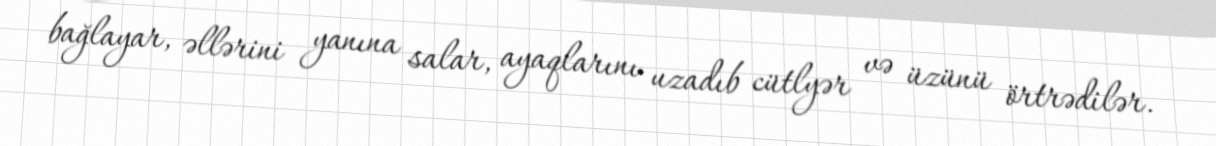
bağlayar, əllərini yanına salar, ayaqlarını uzadıb cütlyər və üzünü örtrədilər.